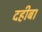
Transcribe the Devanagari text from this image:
दहीबा